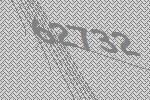
62732